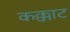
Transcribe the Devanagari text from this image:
कक्काट